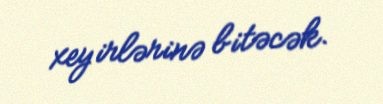
xeyirlərinə bitəcək.